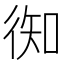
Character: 𢔊